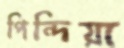
পিন্দিয়া